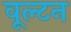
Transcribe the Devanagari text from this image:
वूल्टन